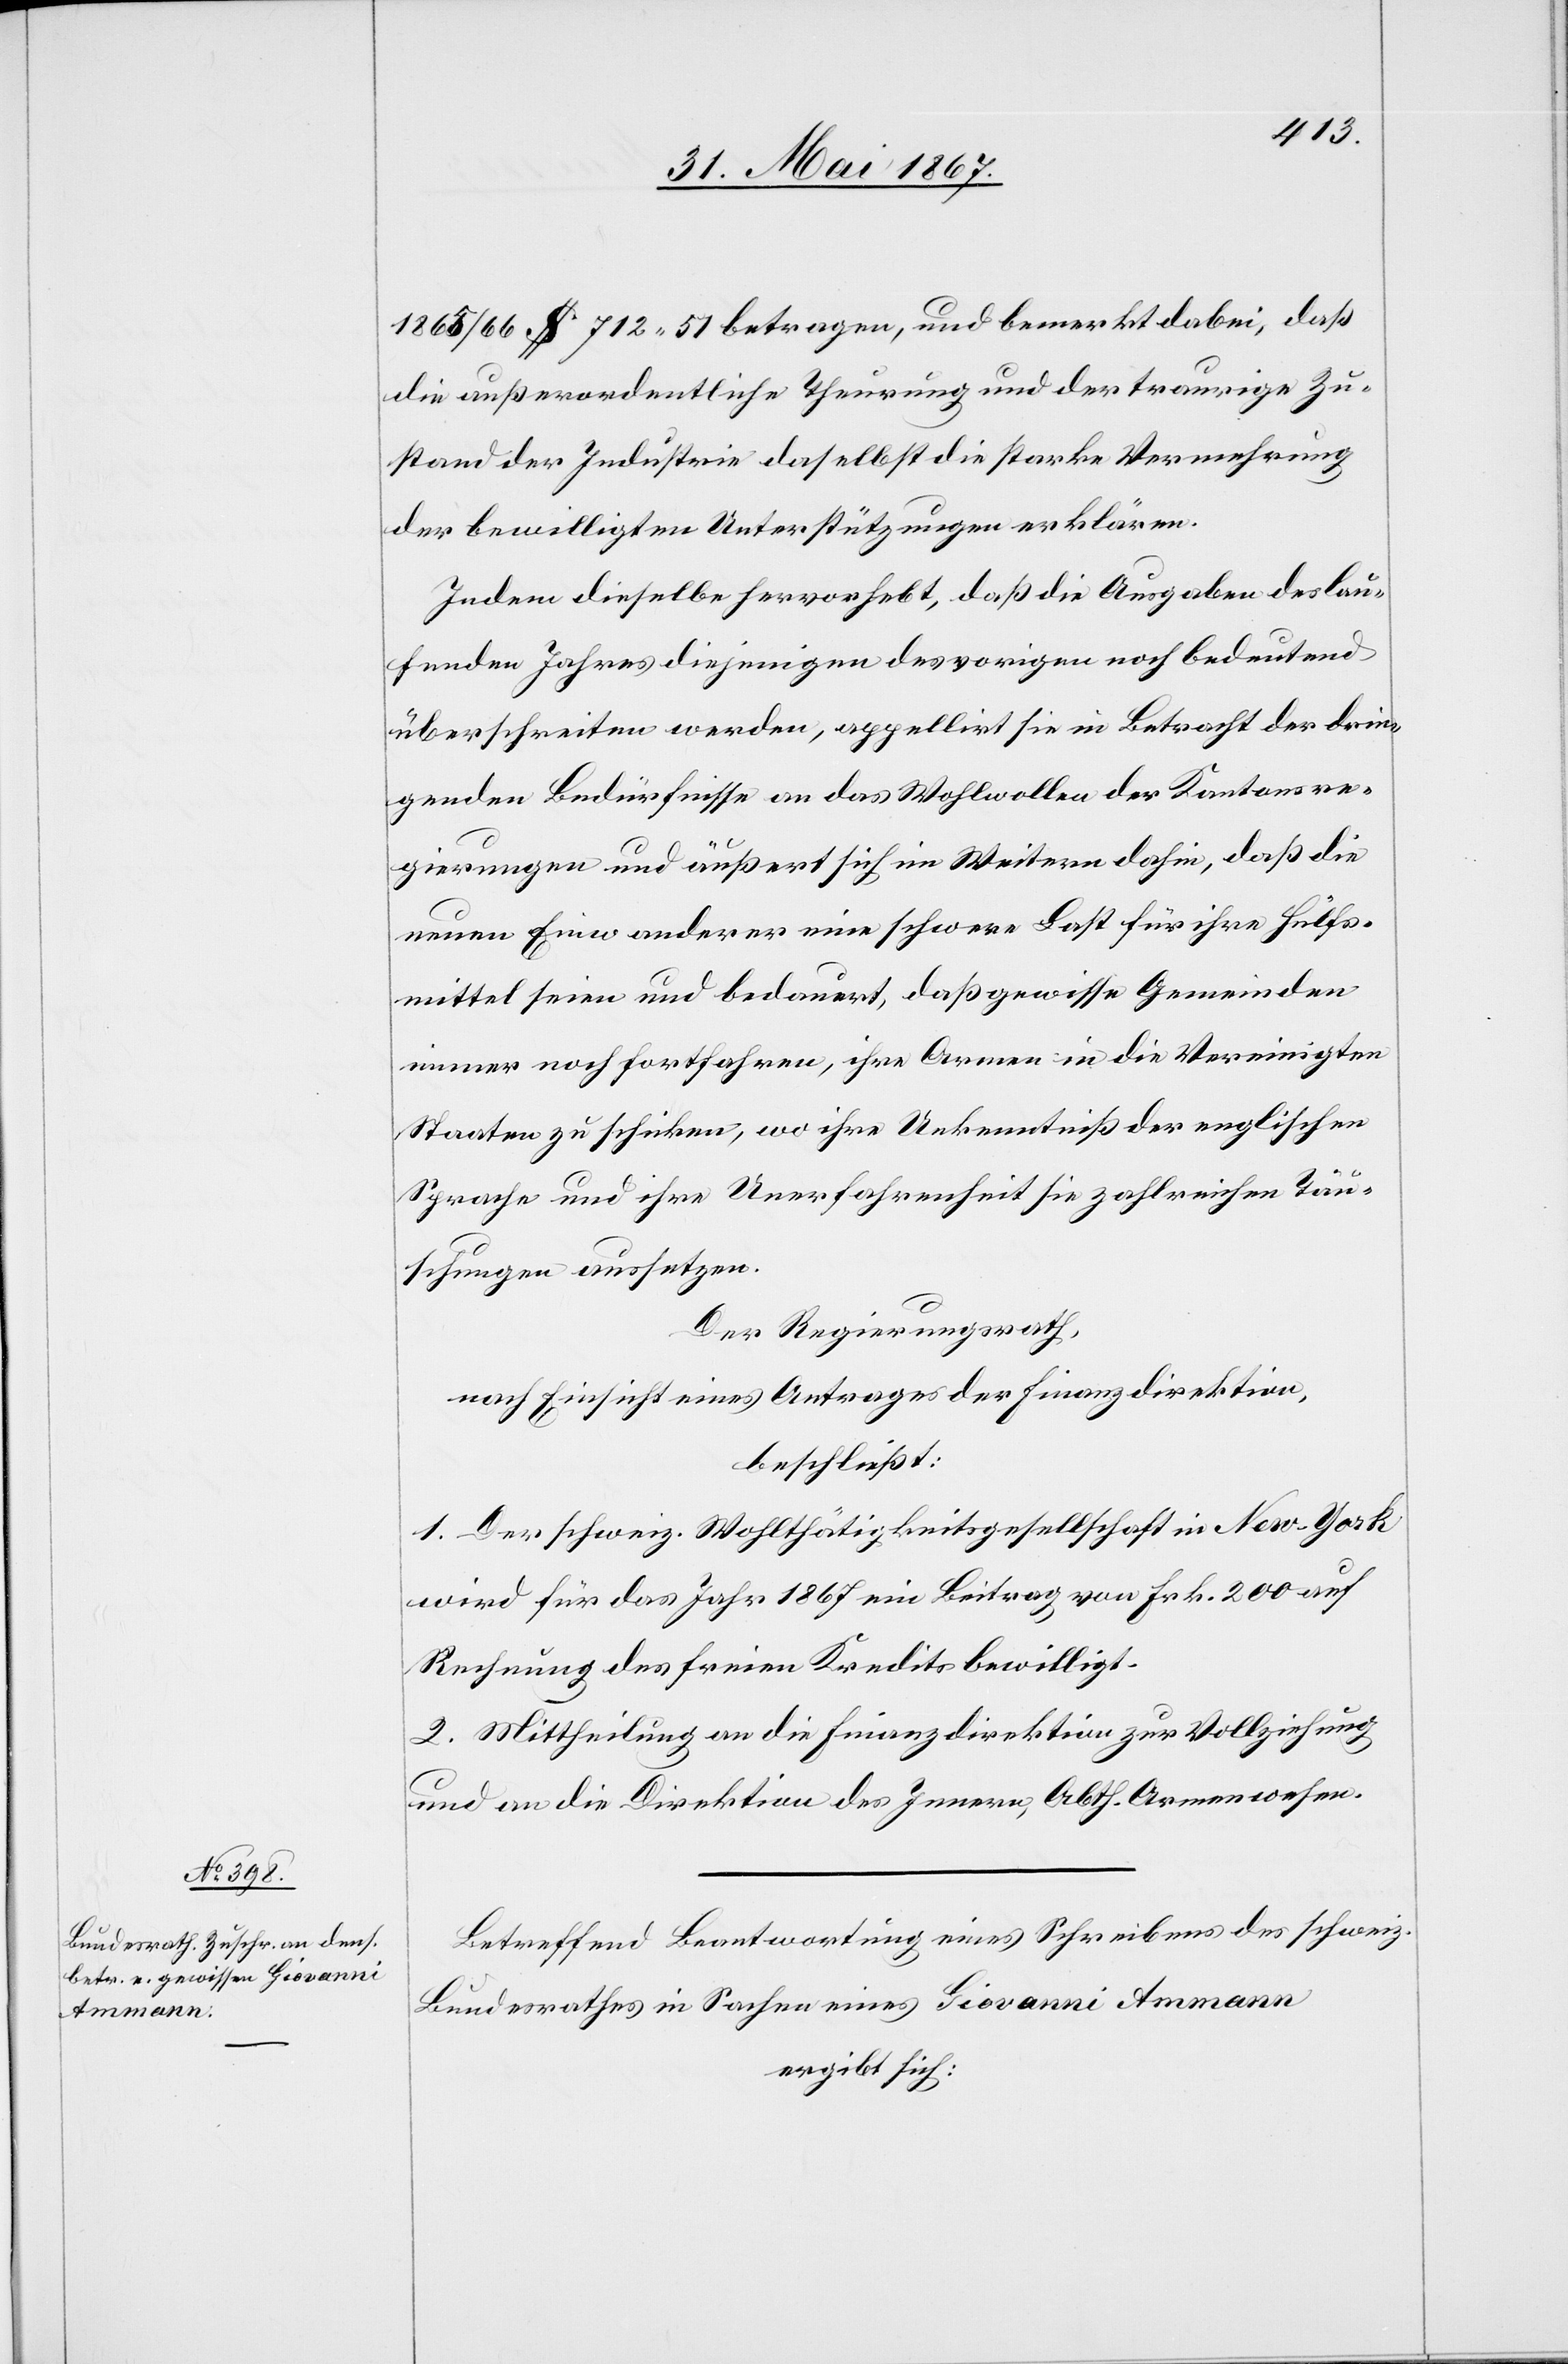
1865/66 $ 712. 51 betragen, und bemerkt dabei, daß
die außerordentliche Theurung und der traurige Zu¬
stand der Industrie daselbst die starke Vermehrung
der bewilligten Unterstützungen erklären.
Indem dieselbe hervorhebt, daß die Ausgaben des lau¬
fenden Jahres diejenigen des vorigen noch bedeutend
überschreiten werden, appelirt sie in Betracht der drin¬
genden Bedürfnisse an das Wohlwollen der Kantonsre¬
gierungen und äußert sich im Weitern dahin, daß die
neuen Einwanderer eine schwere Last für ihre Hülfs¬
mittel seien und bedauert, daß gewisse Gemeinden
immer noch fortfahren, ihre Armen in die Vereinigten
Staaten zu schicken, wo ihre Unkenntniß der englischen
Sprache und ihre Unerfahrenheit sie zahlreichen Täu¬
schungen aussetzen.
Der Regierungsrath,
nach Einsicht eines Antrages der Finanzdirektion,
beschließt:
1. Der schweiz. Wohlthätigkeitsgesellschaft in New-York
wird für das Jahr 1867 ein Beitrag von Frk. 200 auf
Rechnung des freien Kredits bewilligt.
2. Mittheilung an die Finanzdirektion zur Vollziehung
und an die Direktion des Innern, Abth. Armenwesen.
Betreffend Beantwortung eines Schreibens des schweiz.
Bundesrathes in Sachen eines Giovanni Ammann
ergibt sich: